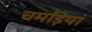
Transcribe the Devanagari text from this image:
चमड़ियां